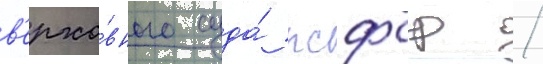
в'ерхо́вного суда́ рсфср /